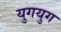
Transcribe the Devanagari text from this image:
युगयुग